Indian journal of veterinary science and animal husbandry - Volume 11,
Year: 1941
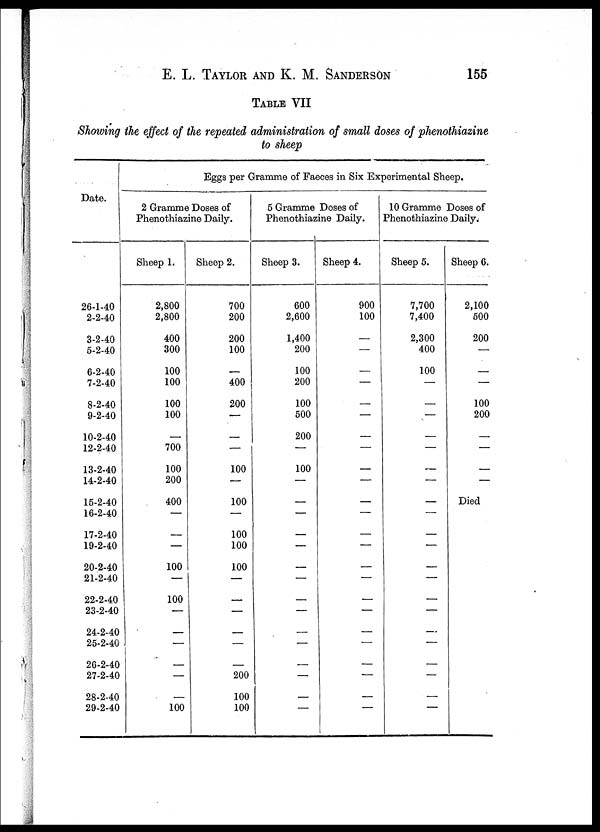
E. L. TAYLOR AND K. M.
SANDERSON
155
TABLE VII
Showing the effect of the repeated administration of small doses of phenothiazine
to sheep
Date.
26-1-40
2-2-40
3-2-40
5-2-40
6-2-40
7-2-40
8-2-40
9-2-40
10-2-40
12-2-40
13-2-40
14-2-40
15-2-40
16-2-40
17-2-40
19-2-40
20-2-40
21-2-40
22-2-40
23-2-40
24-2-40
25-2-40
26-2-40
27-2-40
28-2-40
29-2-40
Eggs per Gramme of Faeces in Six Experimental Sheep.
2 Gramme Doses of
Phenothiazine Daily.
Sheep 1.
2,800
2,800
400
300
100
100
100
100
—
700
100
200
400
—
—
—
100
—
100
—
—
—
—
—
—
100
Sheep 2.
700
200
200
100
—
400
200
—
—
—
100
—
100
—
100
100
100
—
—
—
—
—
—
200
100
100
5 Gramme Doses of
Phenothiazine Daily.
Sheep 3.
600
2,600
1,400
200
100
200
100
500
200
—
100
—
—
—
—
—
—
—
—
—
—
—
—
—
—
—
Sheep 4.
900
100
—
—
—
—
—
—
—
—
—
—
—
—
—
—
—
—
—
—
—
—
—
—
—
—
10 Gramme Doses of
Phenothiazine Daily.
Sheep 5.
7,700
7,400
2,300
400
100
—
—
—
—
—
—
—
—
—
—
—
—
—
—
—
—
—
—
—
—
—
Sheep 6.
2,100
500
200
—
—
—
100
200
—
—
—
—
Died